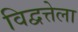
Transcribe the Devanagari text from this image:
विद्वत्तेला